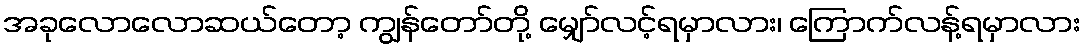
အခုလောလောဆယ်တော့ ကျွန်တော်တို့ မျှော်လင့်ရမှာလား၊ ကြောက်လန့်ရမှာလား